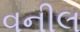
વનીલ